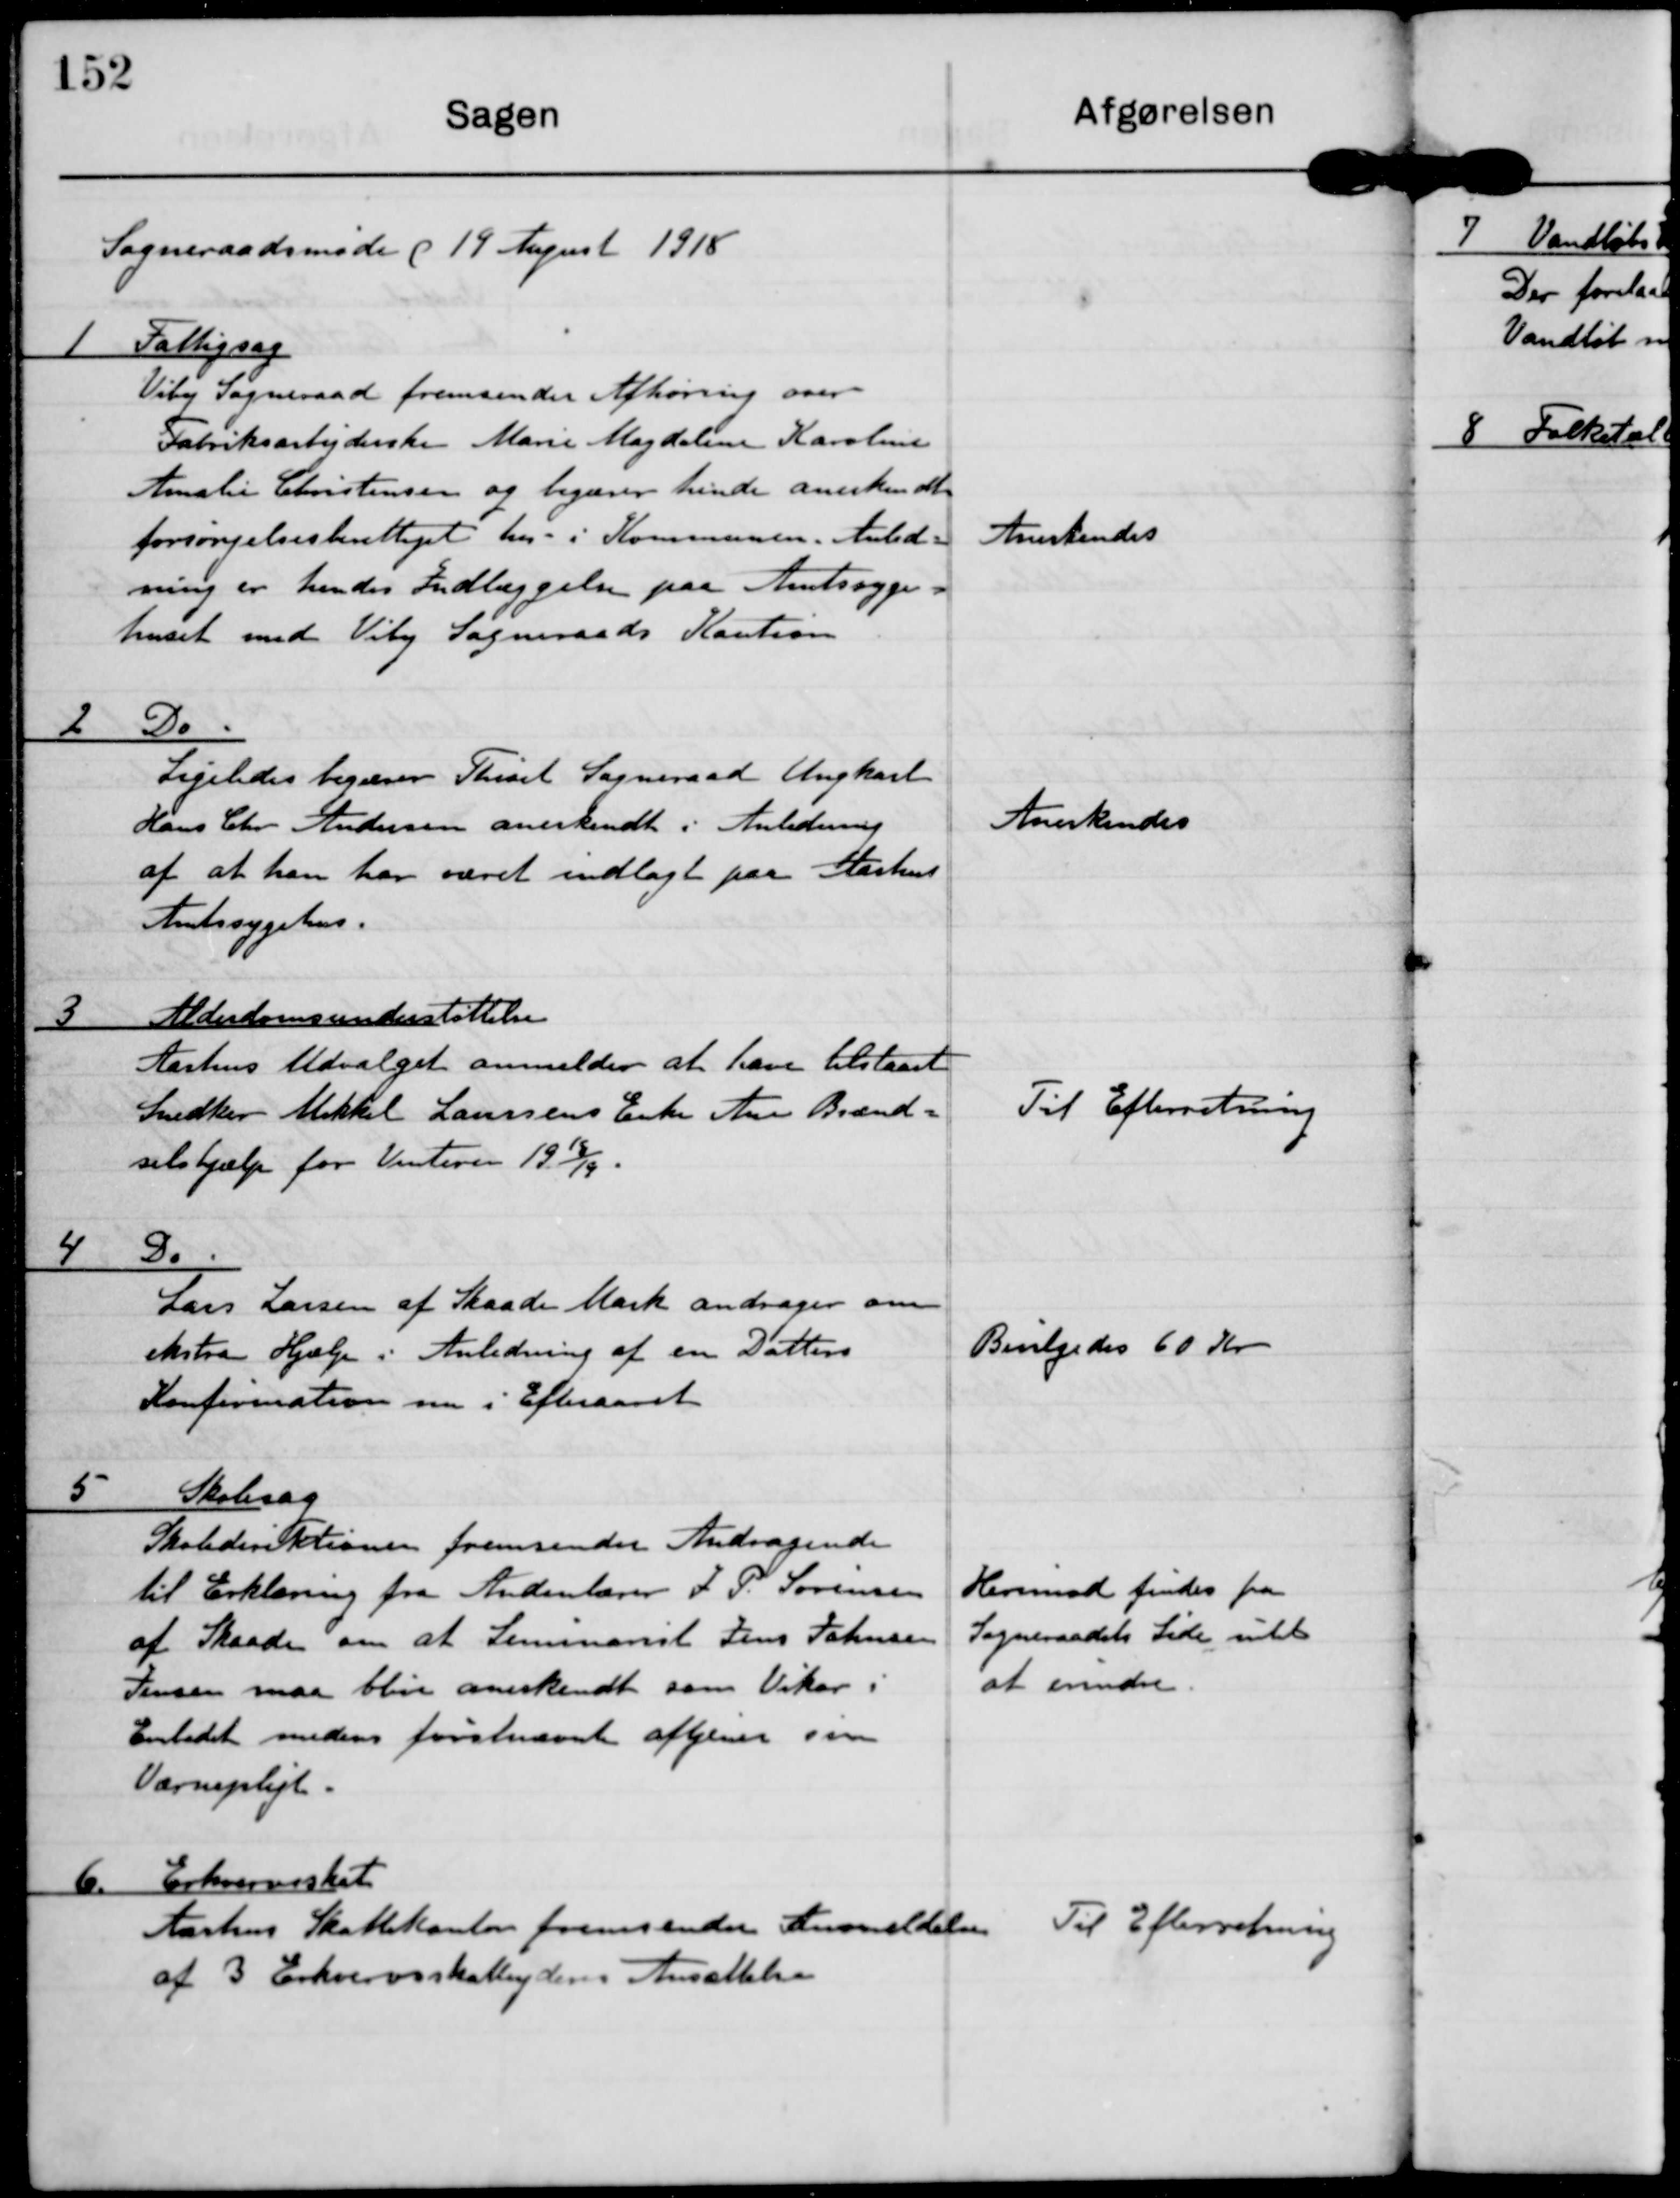
Transskription:
Sogneraadsmøde d 19 August 1918

1 Fattigsag
Viby Sogneraad fremsender Afhøring over
Fabriksarbejderske Marie Magdalene Karoline
Amalie Christensen og begærer hende anerkendt
forsørelsesberettiget her i Kommunen. Anled-
ning er hendes Indlæggelse paa Amtssyge-
huset med Viby Sogneraads kaution

Anerkendes

2 Do
Ligeledes begærer Thiset Sogneraad Ungkarl
Hans Chr Andersen anerkendt i Anledning
af at han har været indlagt paa Aarhus
Amtssygehus.

Anerkendes

3 Alderdomsunderstøttelse
Aarhus Udvalget anmelder at have tilstaaet
Snedker Mikkel Laursens Enke Ane Brænd-
selshjælp for Vinteren 1918/19.

Til Efterretning

4 Do
Lars Larsen af Skaade Mark andrager om
ekstra Hjælp i Anledning af en Dattes
Konfirmation nu i Efteraaret

Bevilgedes 60 Kr

5 Skolesag
Skoledirektionen fremsender Andragende
til Erklæring fra Andenlærer J P. Sørensen
af Skaade om at Seminarist Jens Johnsen
Jensen maa blive anerkendt som Vikar i
Embedet medens førstnævnte aftjener sin
Værnepligt.

Herimod findes fra
Sogneraadets Side intet
at indvende

6 Erhvervsskat
Aarhus Skattekontor fremsender Anmeldelse
af 3 Erhvervsskatteyderes Ansættelse

Til Efterretning